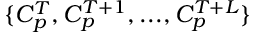
\{ C _ { p } ^ { T } , C _ { p } ^ { T + 1 } , . . . , C _ { p } ^ { T + L } \}